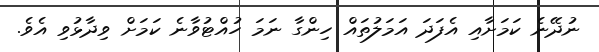
ނުދޭނެ ކަމަށާއި އެފަދަ އަމަލުތައް ހިންގާ ނަމަ ހުއްޓުވާނެ ކަމަށް ވިދާޅުވި އެވެ.